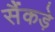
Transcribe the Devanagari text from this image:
सैंकड़े